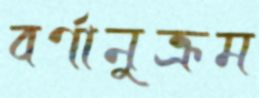
বর্ণানুক্রম